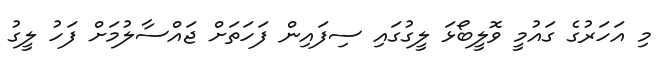
މި އަހަރުގެ ގައުމީ ވޮލީބޯޅަ ލީގުގައި ސިފައިން ފަހަތަށް ޖައްސާލުމަށް ފަހު ލީގު